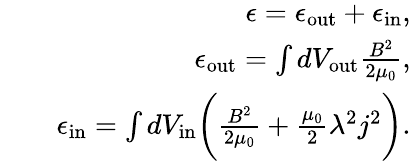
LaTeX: \begin{array}{rlr}&{}&{\epsilon=\epsilon_{\mathrm{out}}+\epsilon_{\mathrm{in}},}\\ &{}&{\epsilon_{\mathrm{out}}=\int dV_{\mathrm{out}}\frac{B^{2}}{2\mu_{0}},}\\ &{}&{\epsilon_{\mathrm{in}}=\int dV_{\mathrm{in}}\biggl(\frac{B^{2}}{2\mu_{0}}+\frac{\mu_{0}}{2}\lambda^{2}j^{2}\biggr).}\end{array}